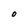
Character: O